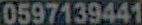
0597139441